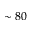
\sim 8 0